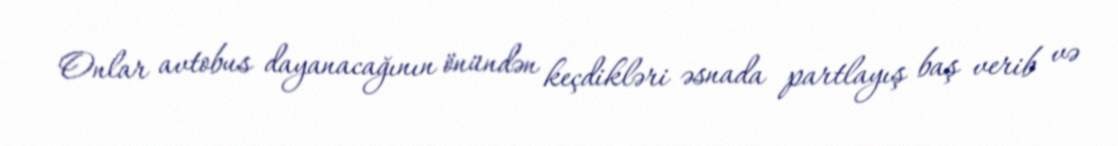
Onlar avtobus dayanacağının önündən keçdikləri əsnada partlayış baş verib və